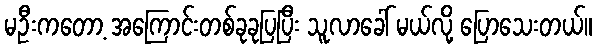
မဦးကတော့ အကြောင်းတစ်ခုခုပြပြီး သူလာခေါ် မယ်လို့ ပြောသေးတယ်။